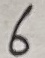
Text: 6